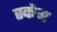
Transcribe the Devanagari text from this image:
स्केम